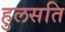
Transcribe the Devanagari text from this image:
हुलसति